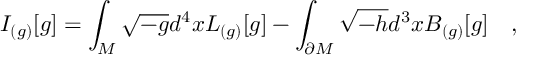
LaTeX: I _ { ( g ) } [ g ] = \int _ { \cal M } \sqrt { - g } d ^ { 4 } x L _ { ( g ) } [ g ] - \int _ { \partial { \cal M } } \sqrt { - h } d ^ { 3 } x B _ { ( g ) } [ g ] ~ ~ ~ ,